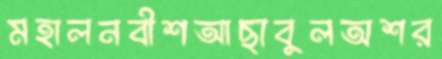
মহালনবীশআছাবুলঅশর